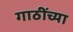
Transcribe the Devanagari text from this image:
गाठींच्या